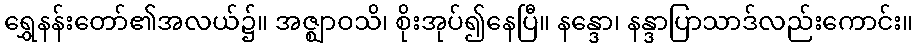
ရွှေနန်းတော်၏အလယ်၌။ အဇ္ဈာဝသိ၊ စိုးအုပ်၍နေပြီ။ နန္ဒော၊ နန္ဒာပြာသာဒ်လည်းကောင်း။